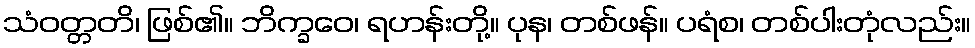
သံဝတ္တတိ၊ ဖြစ်၏။ ဘိက္ခဝေ၊ ရဟန်းတို့။ ပုန၊ တစ်ဖန်။ ပရံစ၊ တစ်ပါးတုံလည်း။